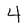
Character: 4